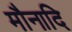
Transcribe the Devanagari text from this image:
मौनादि